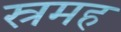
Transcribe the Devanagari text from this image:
स्रमह